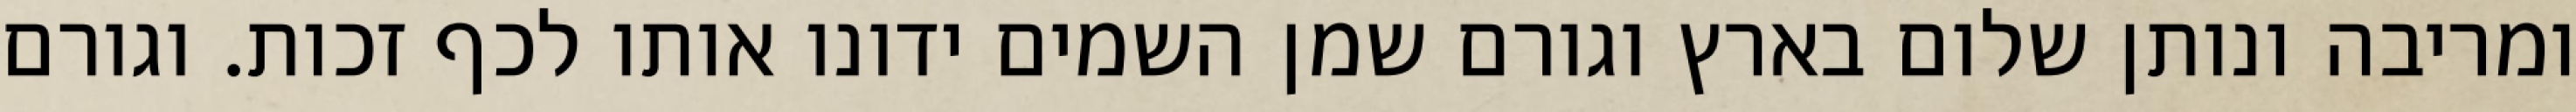
ומריבה ונותן שלום בארץ וגורם שמן השמים ידונו אותו לכף זכות. וגורם